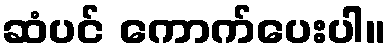
ဆံပင် ကောက်ပေးပါ။